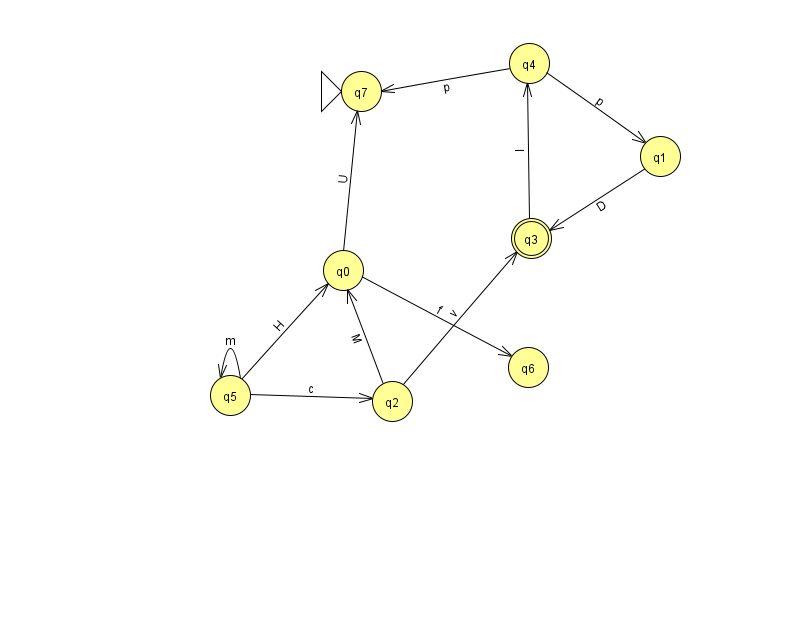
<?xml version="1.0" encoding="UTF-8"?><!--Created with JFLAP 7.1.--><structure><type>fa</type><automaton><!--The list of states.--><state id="0" name="q0"><x>343.0</x><y>257.0</y></state><state id="1" name="q1"><x>660.0</x><y>143.0</y></state><state id="2" name="q2"><x>392.0</x><y>388.0</y></state><state id="3" name="q3"><x>531.0</x><y>225.0</y><final/></state><state id="4" name="q4"><x>529.0</x><y>50.0</y></state><state id="5" name="q5"><x>230.0</x><y>382.0</y></state><state id="6" name="q6"><x>528.0</x><y>354.0</y></state><state id="7" name="q7"><x>361.0</x><y>78.0</y><initial/></state><!--The list of transitions.--><transition><from>2</from><to>0</to><read>M</read></transition><transition><from>4</from><to>1</to><read>p</read></transition><transition><from>5</from><to>2</to><read>c</read></transition><transition><from>0</from><to>7</to><read>U</read></transition><transition><from>0</from><to>6</to><read>f</read></transition><transition><from>3</from><to>4</to><read>I</read></transition><transition><from>2</from><to>3</to><read>v</read></transition><transition><from>4</from><to>7</to><read>p</read></transition><transition><from>5</from><to>0</to><read>H</read></transition><transition><from>1</from><to>3</to><read>D</read></transition><transition><from>5</from><to>5</to><read>m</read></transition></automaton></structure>